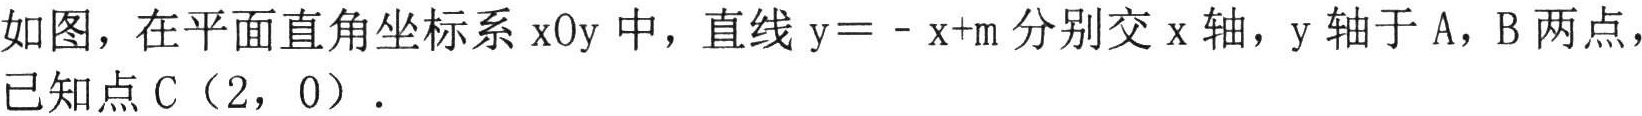
如图，在平面直角坐标系\(xOy\)中，直线\(y = -x + m\)分别交\(x\)轴，\(y\)轴于\(A\)，\(B\)两点，已知点\(C(2,0)\)．